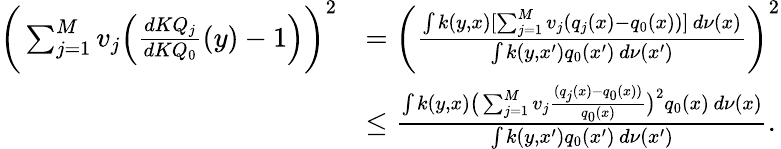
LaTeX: \begin{array}{rl}{\bigg(\sum_{j=1}^{M}v_{j}\Big(\frac{dKQ_{j}}{dKQ_{0}}(y)-1\Big)\bigg)^{2}}&{=\bigg(\frac{\int k(y,x)[\sum_{j=1}^{M}v_{j}(q_{j}(x)-q_{0}(x))]\, d\nu(x)}{\int k(y,x^{\prime})q_{0}(x^{\prime})\, d\nu(x^{\prime})}\bigg)^{2}}\\ &{\leq\frac{\int k(y,x)\big(\sum_{j=1}^{M}v_{j}\frac{(q_{j}(x)-q_{0}(x))}{q_{0}(x)}\big)^{2}q_{0}(x)\, d\nu(x)}{\int k(y,x^{\prime})q_{0}(x^{\prime})\, d\nu(x^{\prime})}.}\end{array}